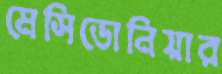
মেসিডোনিয়ার